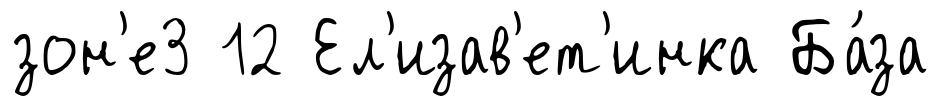
зон'е3 12 Ел'изав'ет'инка Ба́за